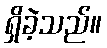
ရှိခဲ့သည်။